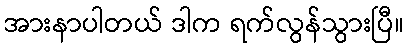
အားနာပါတယ် ဒါက ရက်လွန်သွားပြီ။